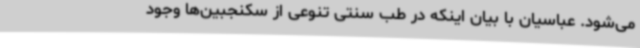
می‌شود. عباسیان با بیان اینکه در طب سنتی تنوعی از سکنجبین‌ها وجود